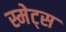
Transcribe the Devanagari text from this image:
स्मेट्स